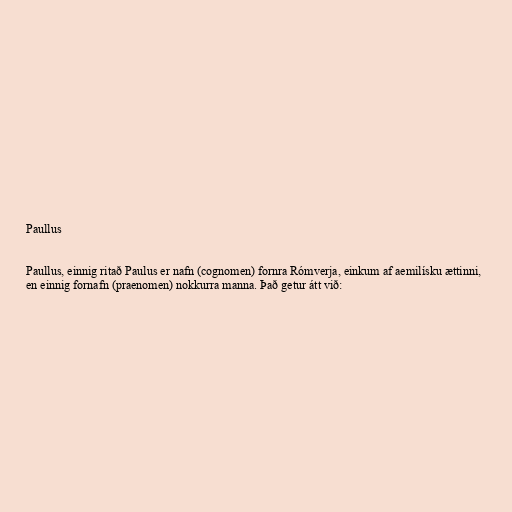
Paullus

Paullus, einnig ritað Paulus er nafn (cognomen) fornra Rómverja, einkum af aemilísku ættinni,
en einnig fornafn (praenomen) nokkurra manna. Það getur átt við: